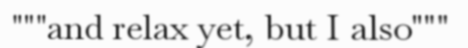
"""and relax yet, but I also"""